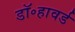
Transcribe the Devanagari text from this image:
डॉ॰हावर्ड